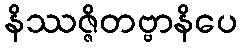
နိဿဇ္ဇိတဗ္ဗာနိပေ